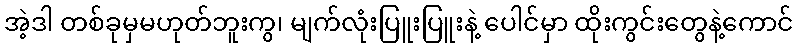
အဲ့ဒါ တစ်ခုမှမဟုတ်ဘူးကွ၊ မျက်လုံးပြူးပြူးနဲ့ ပေါင်မှာ ထိုးကွင်းတွေနဲ့ကောင်